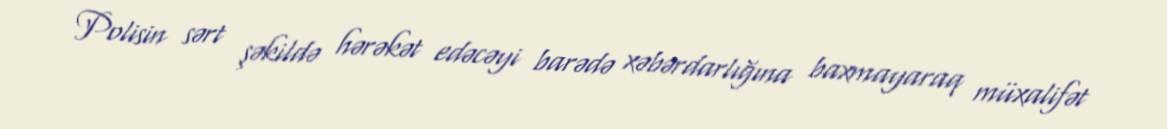
Polisin sərt şəkildə hərəkət edəcəyi barədə xəbərdarlığına baxmayaraq müxalifət